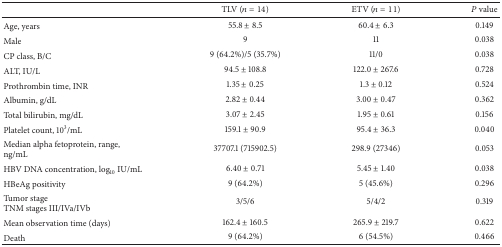
|  | TLV (n = 14) | ETV (n = 11) | P value |
 | --- | --- | --- | --- |
 | Age, years | 55.8 ± 8.5 | 60.4 ± 6.3 | 0.149 |
 | Male | 9 | 11 | 0.038 |
 | CP class, B/C | 9 (64.2%)/5 (35.7%) | 11/0 | 0.038 |
 | ALT, IU/L | 94.5 ± 108.8 | 122.0 ± 267.6 | 0.728 |
 | Prothrombin time, INR | 1.35 ± 0.25 | 1.3 ± 0.12 | 0.524 |
 | Albumin, g/dL | 2.82 ± 0.44 | 3.00 ± 0.47 | 0.362 |
 | Total bilirubin, mg/dL | 3.07 ± 2.45 | 1.95 ± 0.61 | 0.156 |
 | Platelet count, 103/mL | 159.1 ± 90.9 | 95.4 ± 36.3 | 0.040 |
 | Median alpha fetoprotein, range, ng/mL | 37707.1 (715902.5) | 298.9 (27346) | 0.053 |
 | HBV DNA concentration, log10 IU/mL | 6.40 ± 0.71 | 5.45 ± 1.40 | 0.038 |
 | HBeAg positivity | 9 (64.2%) | 5 (45.6%) | 0.296 |
 | Tumor stageTNM stages III/IVa/IVb | 3/5/6 | 5/4/2 | 0.319 |
 | Mean observation time (days) | 162.4 ± 160.5 | 265.9 ± 219.7 | 0.622 |
 | Death | 9 (64.2%) | 6 (54.5%) | 0.466 |